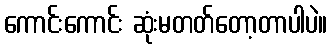
ကောင်းကောင်း ဆုံးမတတ်တော့တာပါပဲ။